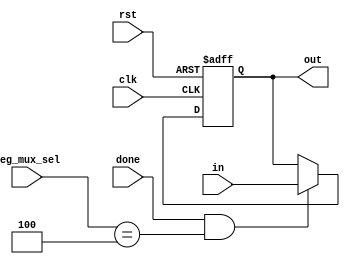
`timescale 1ns / 1ns
//////////////////////////////////////////////////////////////////////////////////
// Company: 
// Engineer: 
// 
// Design Name: 
// Module Name: segmentd_reg
// Project Name: 
// Target Devices: 
// Tool Versions: 
// Description: 
// 
// Dependencies: 
// 
// Revision:
// Revision 0.01 - File Created
// Additional Comments:
// 
//////////////////////////////////////////////////////////////////////////////////


module segmentd_reg4(
 output reg [6:0] out,
 input [6:0] in,
 input [2:0] seg_mux_sel,
 input clk,rst,done
 
 );

always @ (posedge clk or negedge rst)
 begin
 if(rst==1'b0)
  out <= 7'b0000001;
 else if(done==1'b1 && seg_mux_sel==3'd4)
  out <= in;
 else
  out <= out;
 end
endmodule